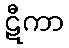
ဋီကာ